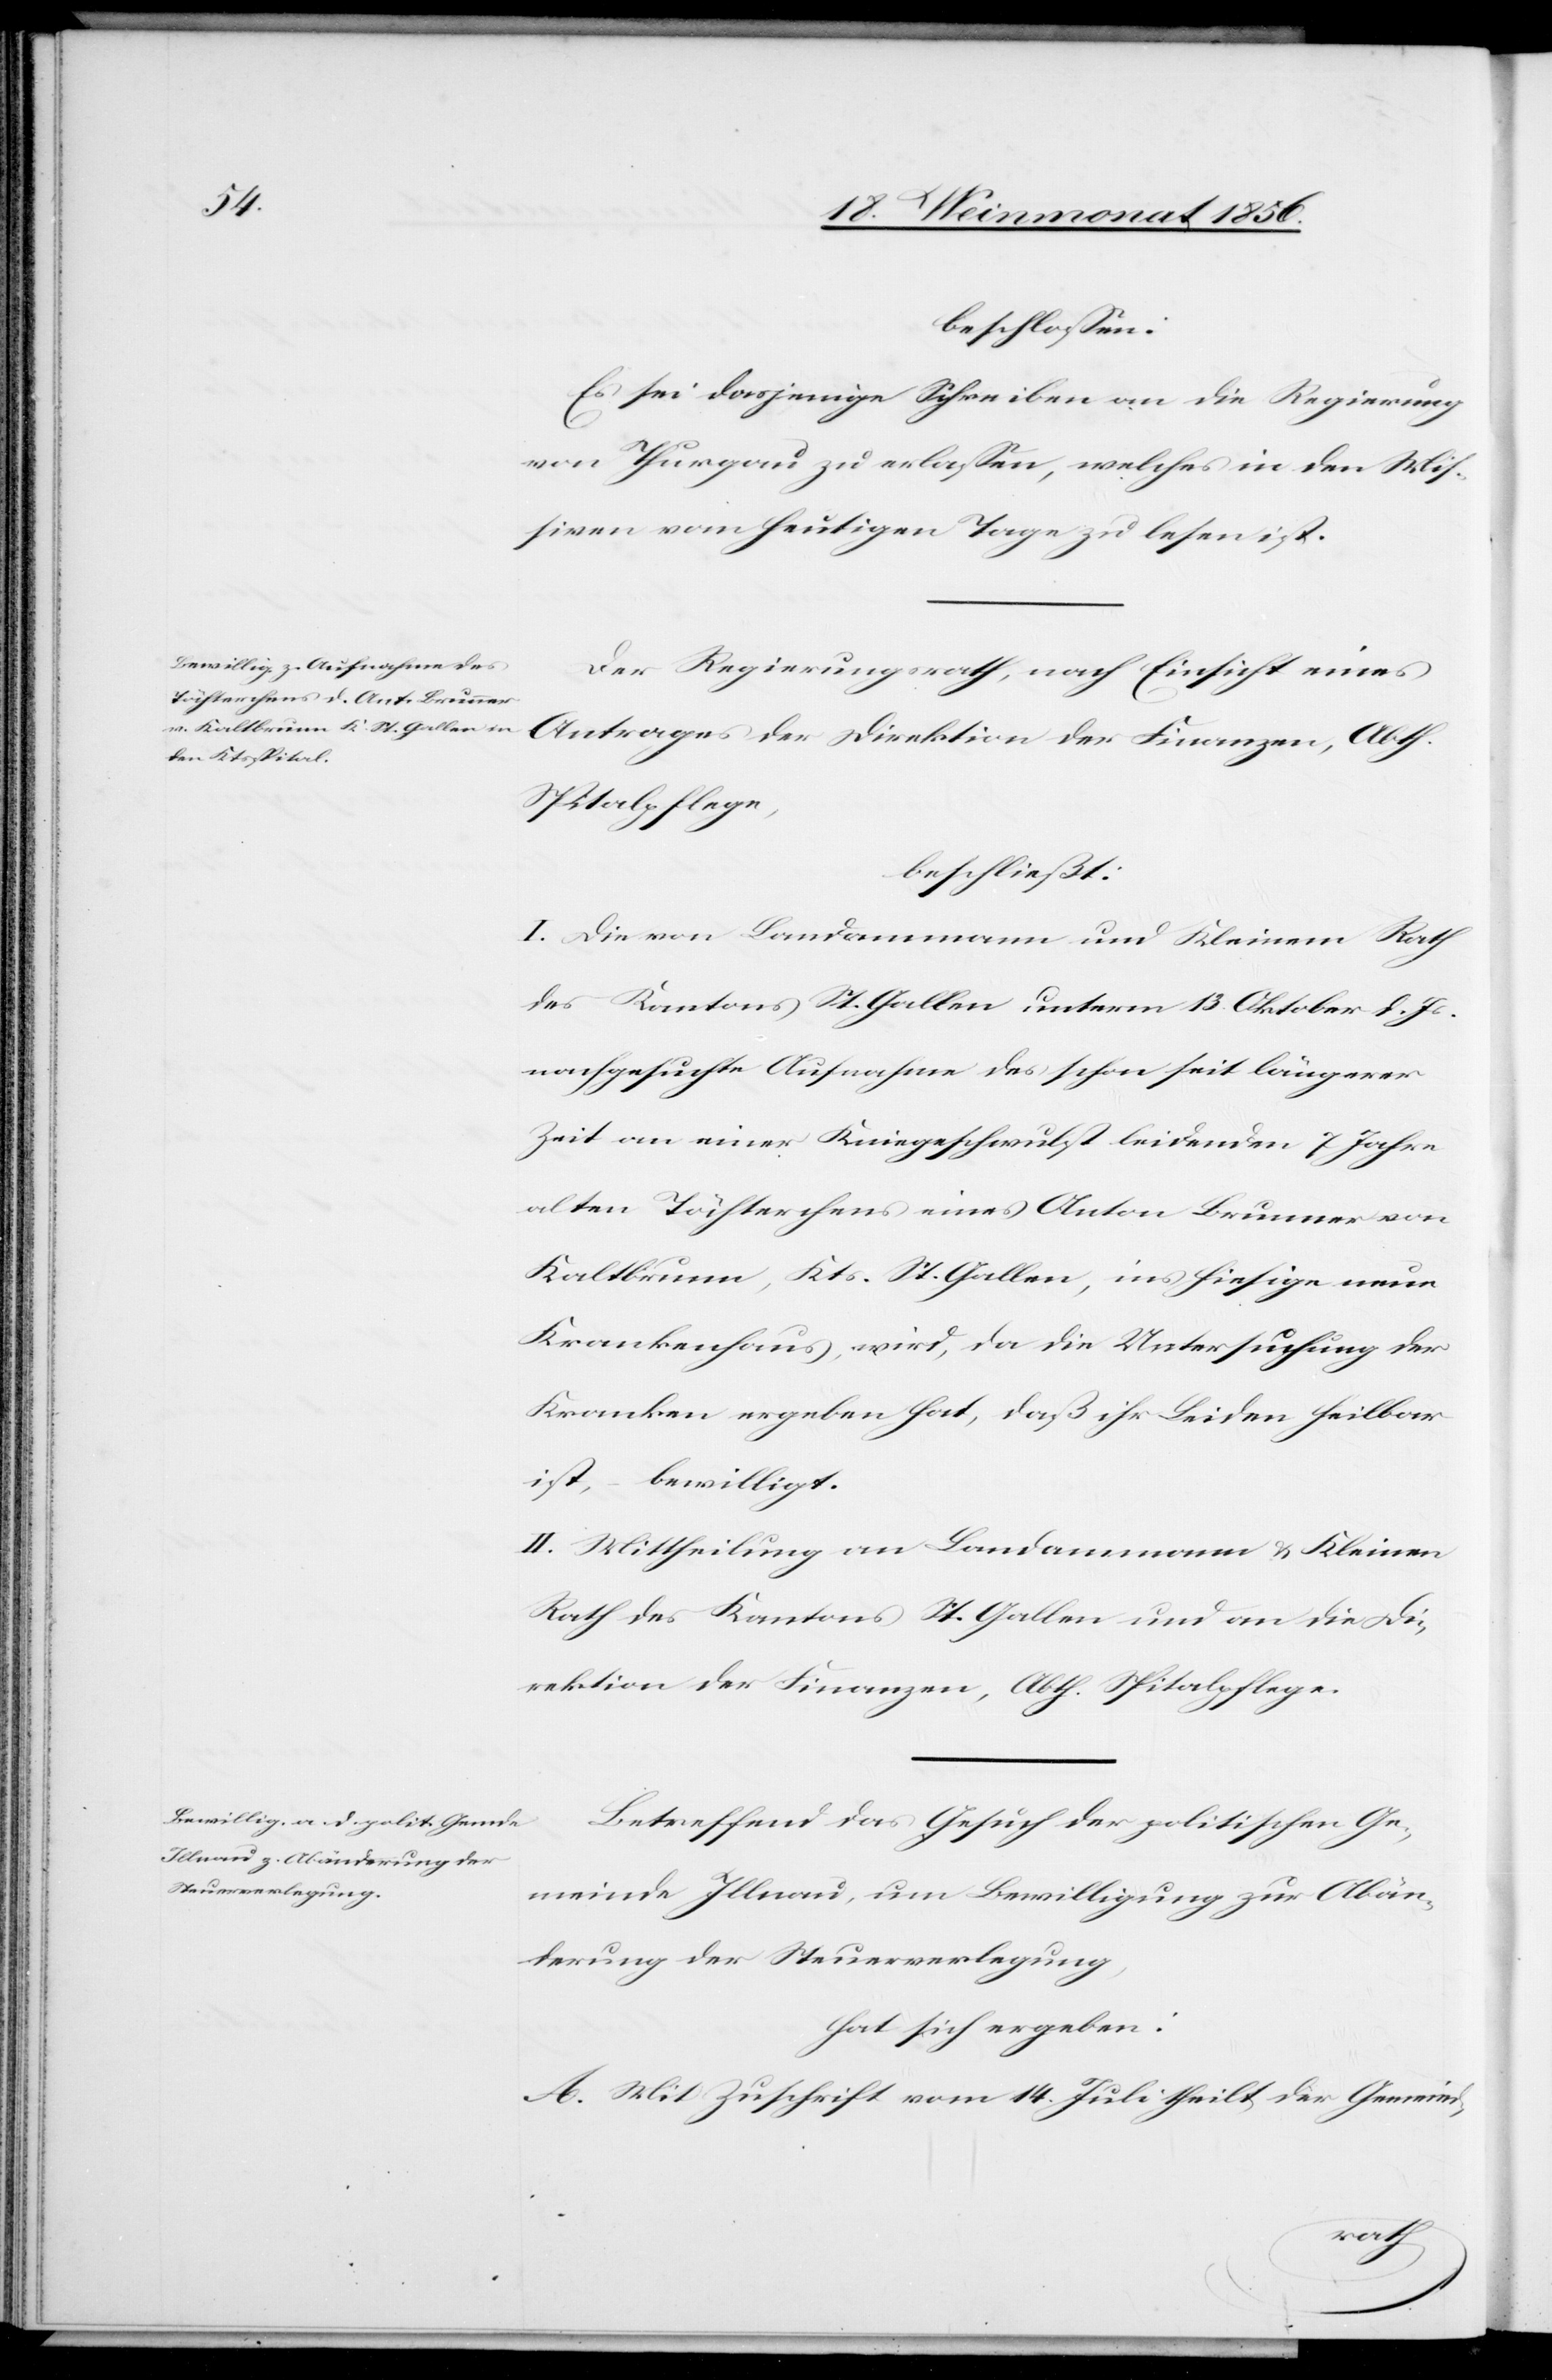
beschlossen:
Es sei dasjenige Schreiben an die Regierung
von Thurgau zu erlassen, welches in den Mis¬
siven vom heutigen Tage zu lesen ist.
Der Regierungsrath, nach Einsicht eines
Antrages der Direktion der Finanzen, Abth.
Spitalpflege,
beschließt:
I. Die von Landammann und Kleinem Rath
des Kantons St. Gallen unterm 13. Oktober d. Js.
nachgesuchte Aufnahme des schon seit längerer
Zeit an einer Kniegeschwulst leidenden 7 Jahre
alten Töchterchens eines Anton Brunner von
Kaltbrunn, Kts. St. Gallen, ins hiesige neue
Krankenhaus, wird, da die Untersuchung der
Kranken ergeben hat, daß ihr Leiden heilbar
ist, – bewilligt.
II. Mittheilung an Landammann & Kleinen
Rath des Kantons St. Gallen und an die Di¬
rektion der Finanzen, Abth. Spitalpflege.
Betreffend das Gesuch der politischen Ge¬
meinde Illnau, um Bewilligung zur Abän¬
derung der Steuerverlegung,
hat sich ergeben:
A. Mit Zuschrift vom 14. Juli theilt der Gemeind-